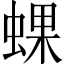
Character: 蜾